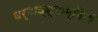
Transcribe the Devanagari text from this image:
धर्माव्ब्लाम्बियों